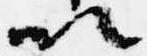
以